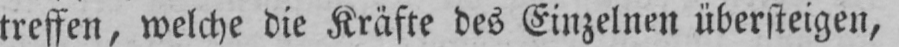
treffen, welche die Kräfte des Einzelnen übersteigen,